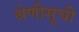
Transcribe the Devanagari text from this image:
श्रेणीसूची